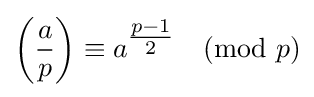
\left({\frac {a}{p}}\right)\equiv a^{\tfrac {p-1}{2}}{\pmod {p}}